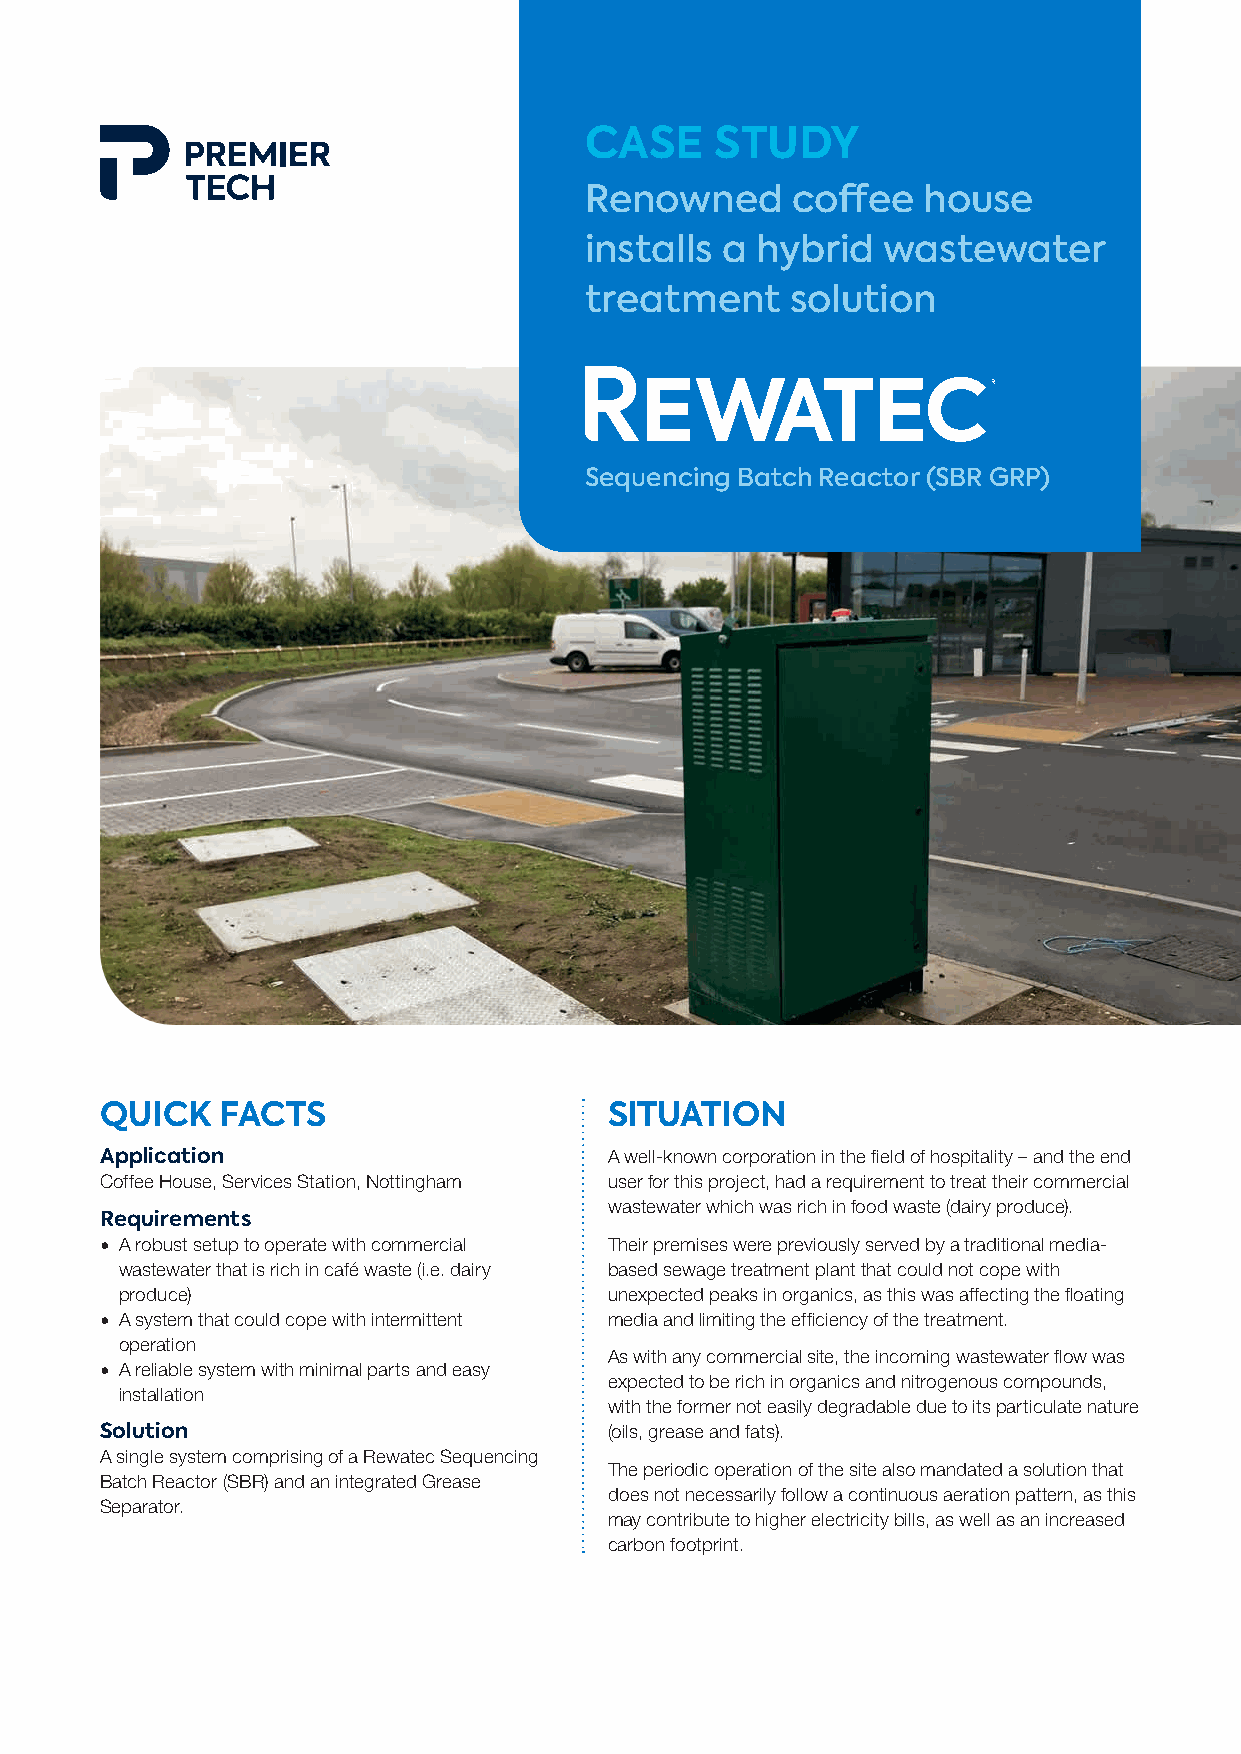
CASE    STUDY
 Renowned     coffee   house
 installs a hybrid  wastewater
 treatment    solution
 Sequencing Batch Reactor (SBR GRP)
 QUICK   FACTS                    SITUATION
 Application                      A well-known corporation in the field of hospitality – and the end
 Coffee House, Services Station, Nottingham user for this project, had a requirement to treat their commercial
 wastewater which was rich in food waste (dairy produce).
 Requirements
 • A robust setup to operate with commercial Their premises were previously served by a traditional media-
 wastewater that is rich in café waste (i.e. dairy based sewage treatment plant that could not cope with
 produce)                        unexpected peaks in organics, as this was affecting the floating
 • A system that could cope with intermittent media and limiting the efficiency of the treatment.
 operation
 As with any commercial site, the incoming wastewater flow was
 • A reliable system with minimal parts and easy
 expected to be rich in organics and nitrogenous compounds,
 installation
 with the former not easily degradable due to its particulate nature
 Solution                         (oils, grease and fats).
 A single system comprising of a Rewatec Sequencing
 The periodic operation of the site also mandated a solution that
 Batch Reactor (SBR) and an integrated Grease
 does not necessarily follow a continuous aeration pattern, as this
 Separator.
 may contribute to higher electricity bills, as well as an increased
 carbon footprint.